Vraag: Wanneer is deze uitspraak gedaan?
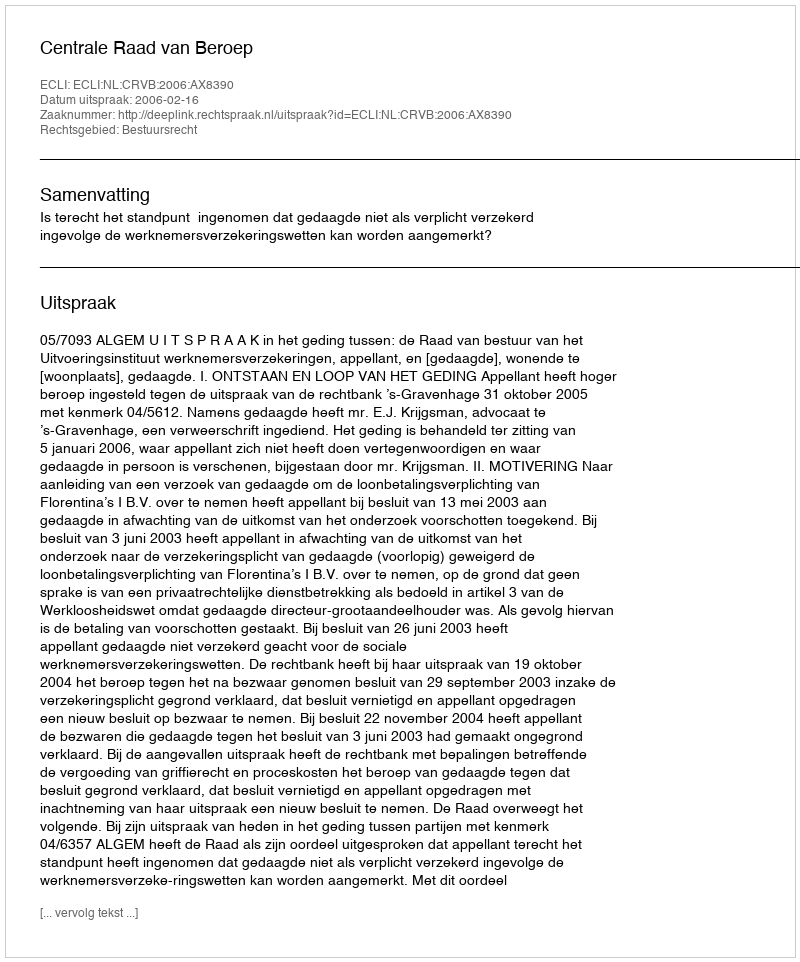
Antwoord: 2006-02-16